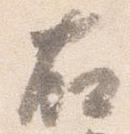
右